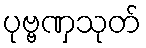
ပုဗ္ဗဏှသုတ်